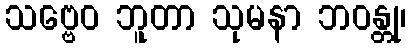
သဗ္ဗေဝ ဘူတာ သုမနာ ဘဝန္တု၊